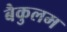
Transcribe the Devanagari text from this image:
बैकुलम